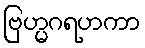
ဗြဟ္မဂရဟကာ